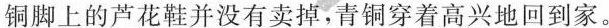
铜脚上的芦花鞋并没有卖掉，青铜穿着高兴地回到家。